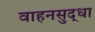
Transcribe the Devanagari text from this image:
वाहनसुद्धा